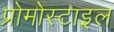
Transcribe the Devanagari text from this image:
प्रोमोस्टाइल